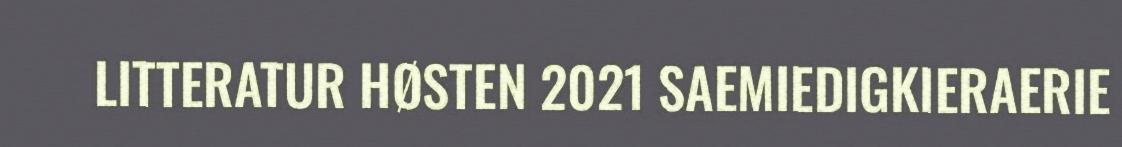
LITTERATUR HØSTEN 2021 SAEMIEDIGKIERAERIE